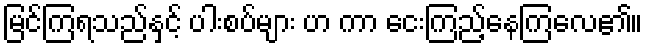
မြင်ကြရသည်နှင့် ပါးစပ်များ ဟ ကာ ငေးကြည့်နေကြလေ၏။